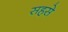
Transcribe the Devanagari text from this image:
सहसे